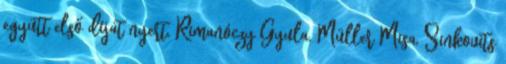
együtt első díjat nyert. Rimanóczy Gyula, Müller Misa, Sinkovits